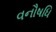
વનૌષધિ